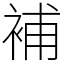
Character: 補